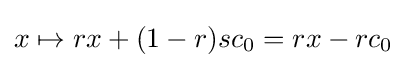
x\mapsto rx+(1-r)sc_{0}=rx-rc_{0}